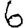
Digit: 6